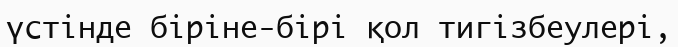
үстінде біріне-бірі қол тигізбеулері,